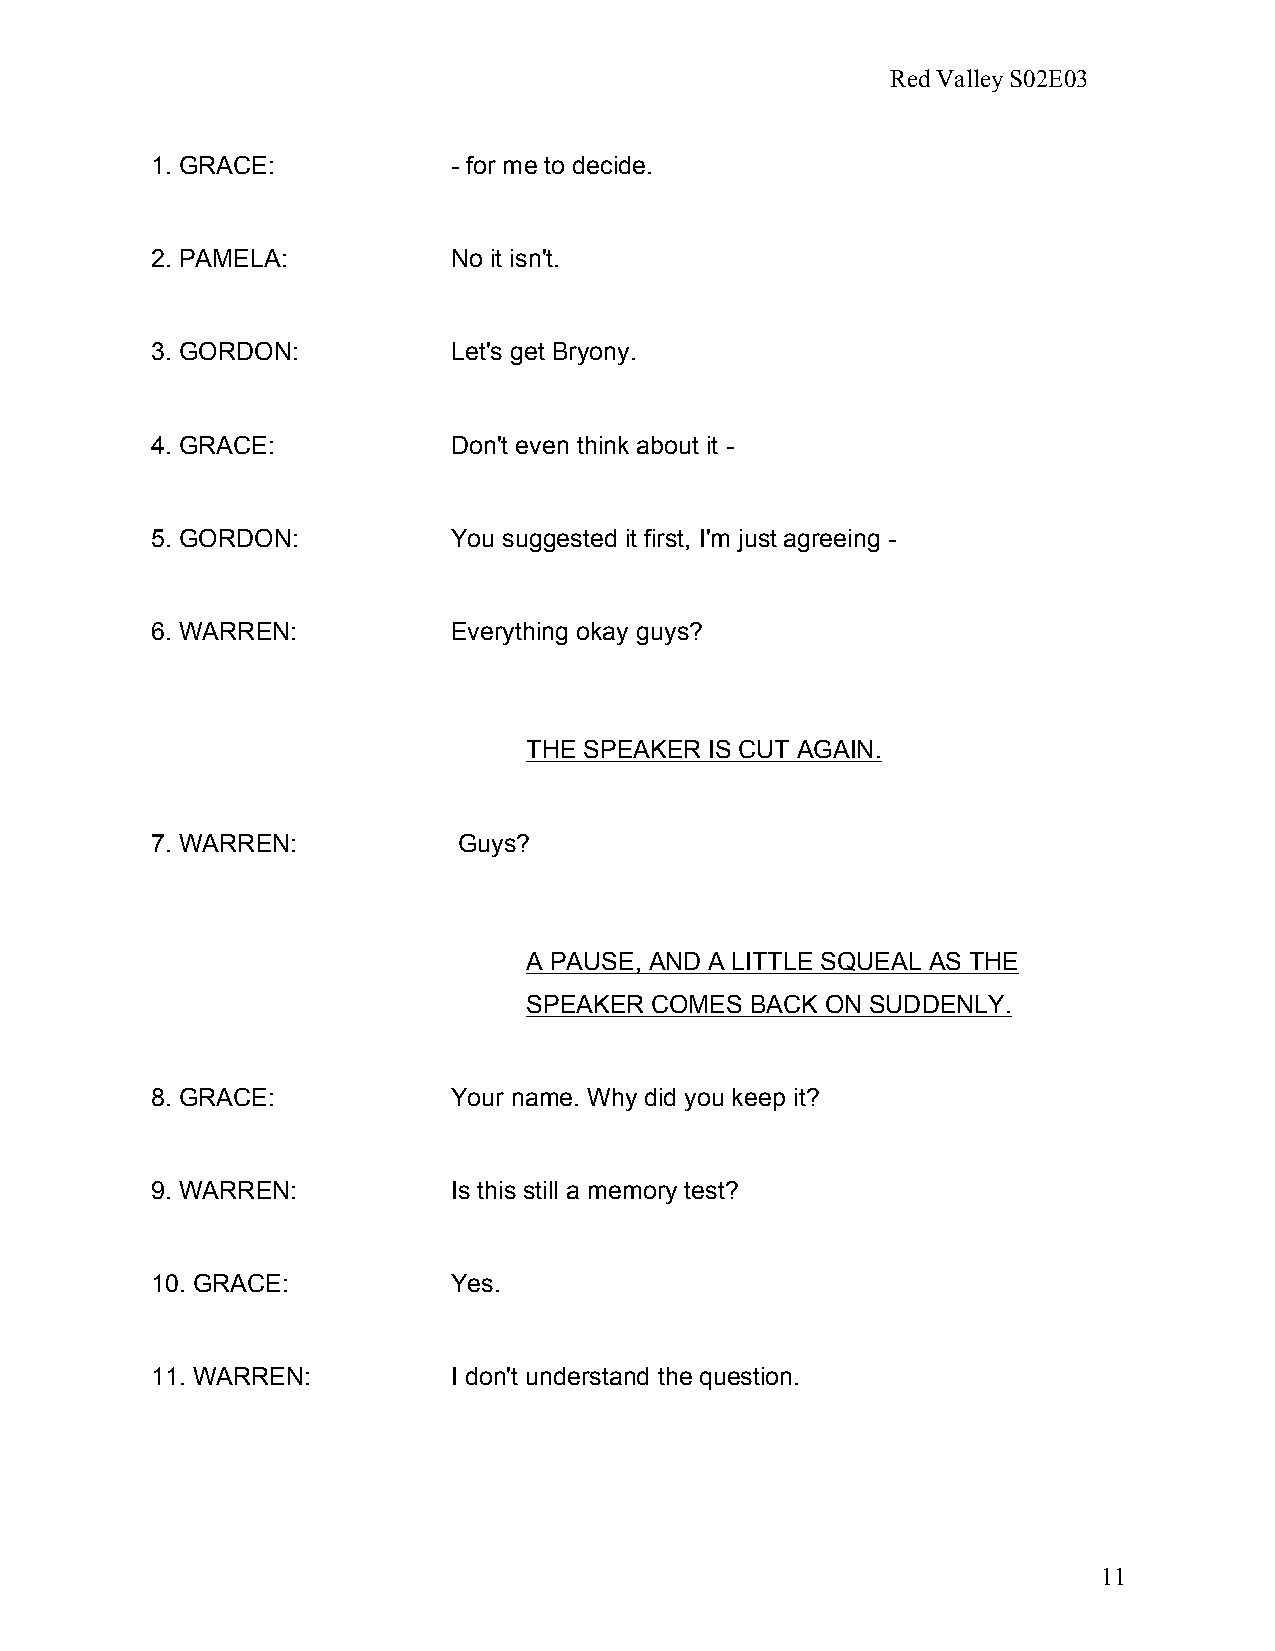
Red Valley S02E03
 1. GRACE:           - for me to decide.
 2. PAMELA:          No it isn't.
 3. GORDON:          Let's get Bryony.
 4. GRACE:           Don't even think about it -
 5. GORDON:          You suggested it first, I'm just agreeing -
 6. WARREN:          Everything okay guys?
 THE SPEAKER IS CUT AGAIN.
 7. WARREN:          Guys?
 A PAUSE, AND A LITTLE SQUEAL AS THE
 SPEAKER COMES  BACK ON SUDDENLY.
 8. GRACE:           Your name. Why did you keep it?
 9. WARREN:          Is this still a memory test?
 10. GRACE:          Yes.
 11. WARREN:         I don't understand the question.
 11